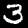
Digit: 3